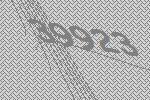
39923